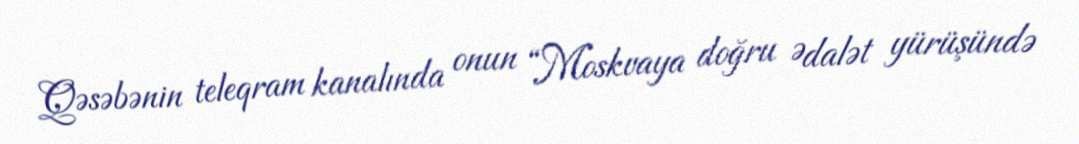
Qəsəbənin teleqram kanalında onun “Moskvaya doğru Ədalət yürüşündə